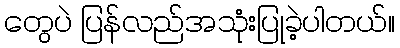
တွေပဲ ပြန်လည်အသုံးပြုခဲ့ပါတယ်။